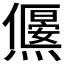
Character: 𤑅